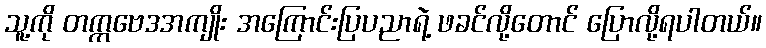
သူ့ကို တက္ကဗေဒအကျိုး အကြောင်းပြပညာရဲ့ ဖခင်လို့တောင် ပြောလို့ရပါတယ်။